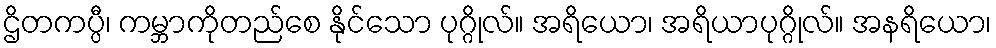
ဌိတကပ္ပီ၊ ကမ္ဘာကိုတည်စေ နိုင်သော ပုဂ္ဂိုလ်။ အရိယော၊ အရိယာပုဂ္ဂိုလ်။ အနရိယော၊